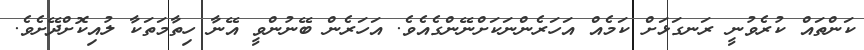
ކަންތައް ކުރެވުނީ ރަނގަޅަށް ކަމެއް އަހަރެންނަކަށްނޭންގެއެވެ. އަހަރެން ބޭނުންވީ އޭނާ ހިތާމަތަކާ ލުއިކޮށްދޭށެވެ.